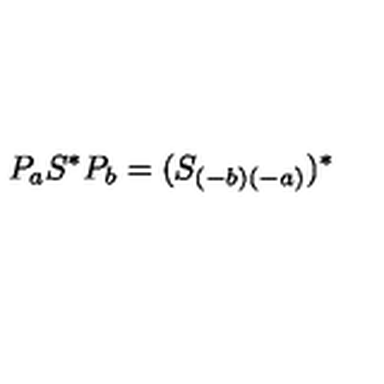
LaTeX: P _ { a } S ^ { \ast } P _ { b } = ( S _ { ( - b ) ( - a ) } ) ^ { \ast }